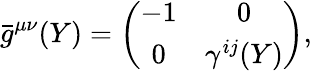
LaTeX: {}\bar{g}^{\mu\nu}(Y)=\left(\begin{array}{cc}{{-1}}&{{0}}\\ {{0}}&{{\gamma^{ij}(Y)}}\end{array}\right),